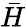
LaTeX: \bar{H}